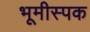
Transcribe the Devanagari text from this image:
भूमीस्पक